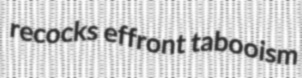
recocks effront tabooism